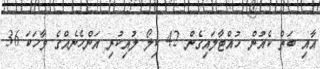
އާއި ބަތް ކެއުން ހުއްޓާލައިގެން 42 ކިލޯ ލުއިކުރި އަންހެނެއްގެ ވާހަކަ 36